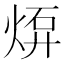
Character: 𤊠